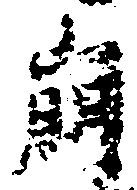
崩